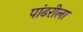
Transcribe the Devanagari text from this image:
पांढरीला